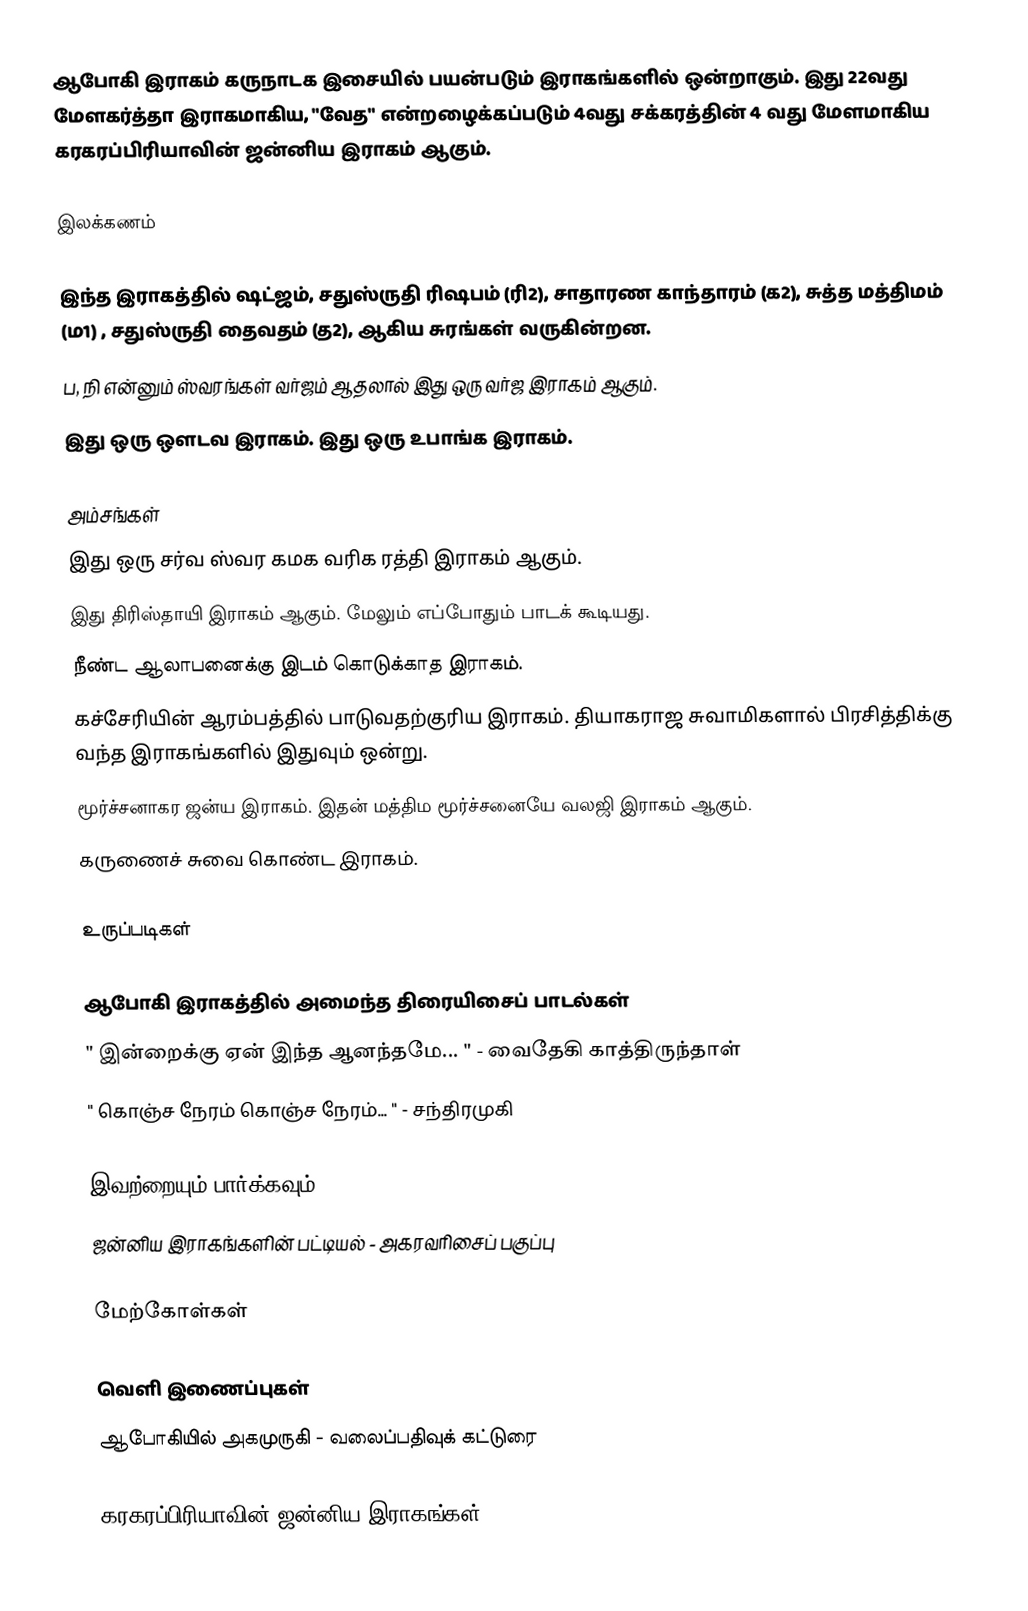
ஆபோகி இராகம் கருநாடக இசையில் பயன்படும் இராகங்களில் ஒன்றாகும். இது 22வது மேளகர்த்தா இராகமாகிய, "வேத" என்றழைக்கப்படும் 4வது சக்கரத்தின் 4 வது மேளமாகிய கரகரப்பிரியாவின் ஜன்னிய இராகம் ஆகும்.

இலக்கணம்

 இந்த இராகத்தில் ஷட்ஜம், சதுஸ்ருதி ரிஷபம் (ரி2),  சாதாரண காந்தாரம் (க2), சுத்த மத்திமம் (ம1) , சதுஸ்ருதி தைவதம் (த2), ஆகிய சுரங்கள் வருகின்றன.
 ப, நி என்னும் ஸ்வரங்கள் வர்ஜம் ஆதலால் இது ஒரு வர்ஜ இராகம் ஆகும்.
 இது ஒரு ஔடவ இராகம். இது ஒரு உபாங்க இராகம்.

அம்சங்கள்
 இது ஒரு சர்வ ஸ்வர கமக வரிக ரத்தி இராகம் ஆகும்.
 இது திரிஸ்தாயி இராகம் ஆகும். மேலும் எப்போதும் பாடக் கூடியது.
 நீண்ட ஆலாபனைக்கு இடம் கொடுக்காத இராகம்.
 கச்சேரியின் ஆரம்பத்தில் பாடுவதற்குரிய இராகம். தியாகராஜ சுவாமிகளால் பிரசித்திக்கு வந்த இராகங்களில் இதுவும் ஒன்று.
 மூர்ச்சனாகர ஜன்ய இராகம். இதன் மத்திம மூர்ச்சனையே வலஜி இராகம் ஆகும்.
 கருணைச் சுவை கொண்ட இராகம்.

உருப்படிகள்

ஆபோகி இராகத்தில் அமைந்த திரையிசைப் பாடல்கள்
 " இன்றைக்கு ஏன் இந்த ஆனந்தமே... " - வைதேகி காத்திருந்தாள்
 " கொஞ்ச நேரம் கொஞ்ச நேரம்... " - சந்திரமுகி

இவற்றையும் பார்க்கவும்
 ஜன்னிய இராகங்களின் பட்டியல் - அகரவரிசைப் பகுப்பு

மேற்கோள்கள்

வெளி இணைப்புகள்
 ஆபோகியில் அகமுருகி - வலைப்பதிவுக் கட்டுரை

கரகரப்பிரியாவின் ஜன்னிய இராகங்கள்